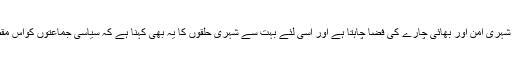
سیاسی جماعتوں کا کہنا کچھ بھی ہو، کراچی میں عام شہری امن اور بھائی چارے کی فضا چاہتا ہے اور اسی لئے بہت سے شہری حلقوں کا یہ بھی کہنا ہے کہ سیاسی جماعتوں کواس مقصد کے حصول کے لئے مثبت کردار ادا کرنا چاہیے۔